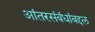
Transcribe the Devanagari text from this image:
आंतरसंबंधांबद्दल